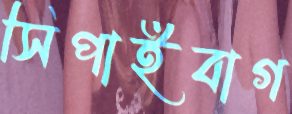
সিপাইবাগ